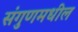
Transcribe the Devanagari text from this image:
संगुणमधील